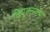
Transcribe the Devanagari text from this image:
वियुक्तांडपी